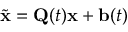
\tilde { \mathbf { x } } = \mathbf { Q } ( t ) \mathbf { x } + \mathbf { b } ( t )